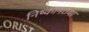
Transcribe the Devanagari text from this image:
निष्कामतया